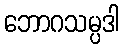
ဘောဂသမ္ပဒါ